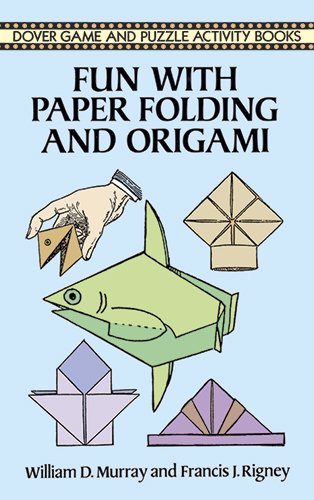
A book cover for Fun with Paper Folding and Origami (Dover Children's Activity Books); William D. Murray; Teen & Young Adult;